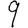
Digit: 9